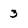
Character: 3